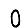
Digit: 0